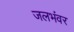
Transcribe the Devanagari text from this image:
जलभंवर